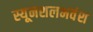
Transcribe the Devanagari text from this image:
स्यूनशलभवंश